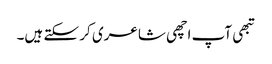
تبھی آپ اچھی شاعری کر سکتے ہیں۔